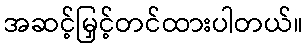
အဆင့်မြှင့်တင်ထားပါတယ်။